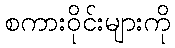
စကားဝိုင်းများကို